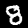
Digit: 8